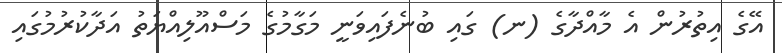
އޭގެ އިތުރުން އެ މާއްދާގެ (ނ) ގައި ބުނެފައިވަނީ މަގާމުގެ މަސްއޫލިއްޔަތު އަދާކުރުމުގައި